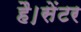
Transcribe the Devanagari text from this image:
है।सेंटर